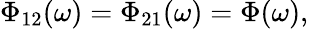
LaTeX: \begin{array}{r}{\Phi_{12}(\omega)=\Phi_{21}(\omega)=\Phi(\omega),}\end{array}